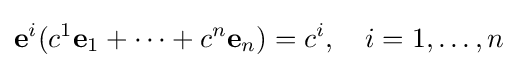
\mathbf {e} ^{i}(c^{1}\mathbf {e} _{1}+\cdots +c^{n}\mathbf {e} _{n})=c^{i},\quad i=1,\ldots ,n